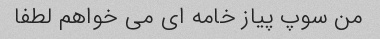
من سوپ پیاز خامه ای می خواهم لطفا